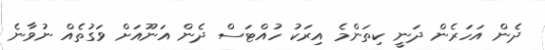
ދެން އަހަރެން ދަނީ ކިތަންމެ އިރަކު ހުއްޓަސް ދެން އަނޫއަށް ވަގުތެއް ނުވާނެ